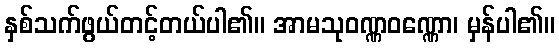
နှစ်သက်ဖွယ်တင့်တယ်ပါ၏။ အာမသုဝဏ္ဏဝဏ္ဏော၊ မှန်ပါ၏။